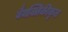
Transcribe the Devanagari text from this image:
वैयक्तिकीकृत